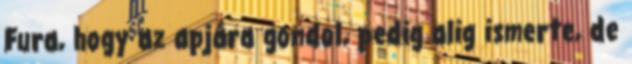
Fura, hogy az apjára gondol, pedig alig ismerte, de